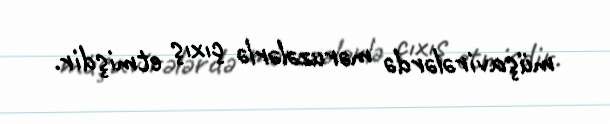
müşavirələrdə məruzələrlə çıxış etmişdir.